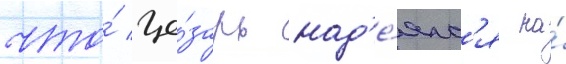
что́ це́зарь над'е́ялс'я на́